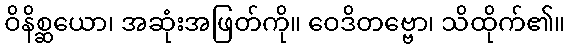
ဝိနိစ္ဆယော၊ အဆုံးအဖြတ်ကို။ ဝေဒိတဗ္ဗော၊ သိထိုက်၏။